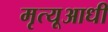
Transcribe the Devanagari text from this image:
मृत्यूआधी